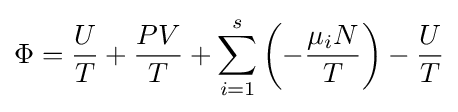
\Phi ={\frac {U}{T}}+{\frac {PV}{T}}+\sum _{i=1}^{s}\left(-{\frac {\mu _{i}N}{T}}\right)-{\frac {U}{T}}